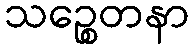
သဉ္စေတနာ